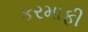
કરમાફી